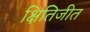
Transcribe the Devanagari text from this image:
क्षितिजीत